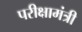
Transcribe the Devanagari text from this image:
परीक्षामंत्री